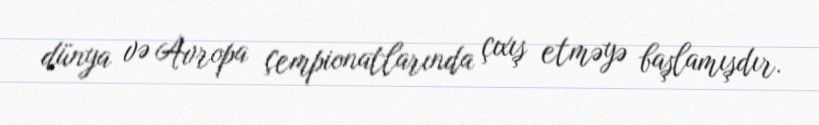
dünya və Avropa çempionatlarında çıxış etməyə başlamışdır.